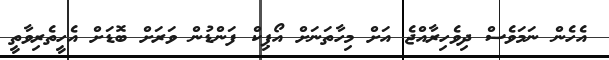
އެހެން ނަމަވެސް ދިވެހިރާއްޖެ އަށް މިހާތަނަށް އޯޕިކް ފަންޑުން ވަރަށް ބޮޑަށް އެހީތެރިވާތީ